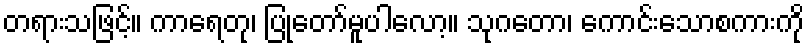
တရားသဖြင့်။ ကာရေတု၊ ပြုတော်မူပါလော့။ သုဂတော၊ ကောင်းသောစကားကို